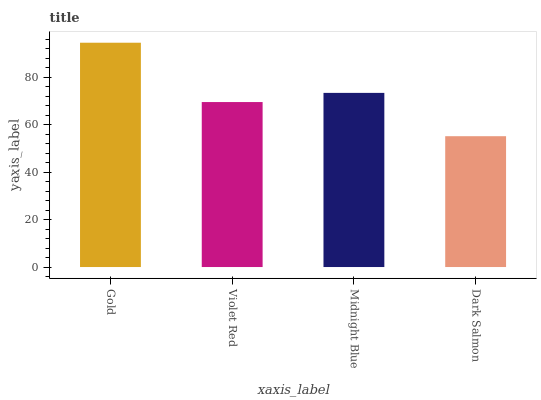
| xaxis_label | bars |
 | --- | --- |
 | Gold | 94.6 |
 | Violet Red | 69.6 |
 | Midnight Blue | 73.4 |
 | Dark Salmon | 55.2 |